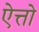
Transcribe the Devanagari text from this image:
ऐत्तो